Punjab Mental Hospital Lahore 1932-46 - 1932-1946
Year: 1932
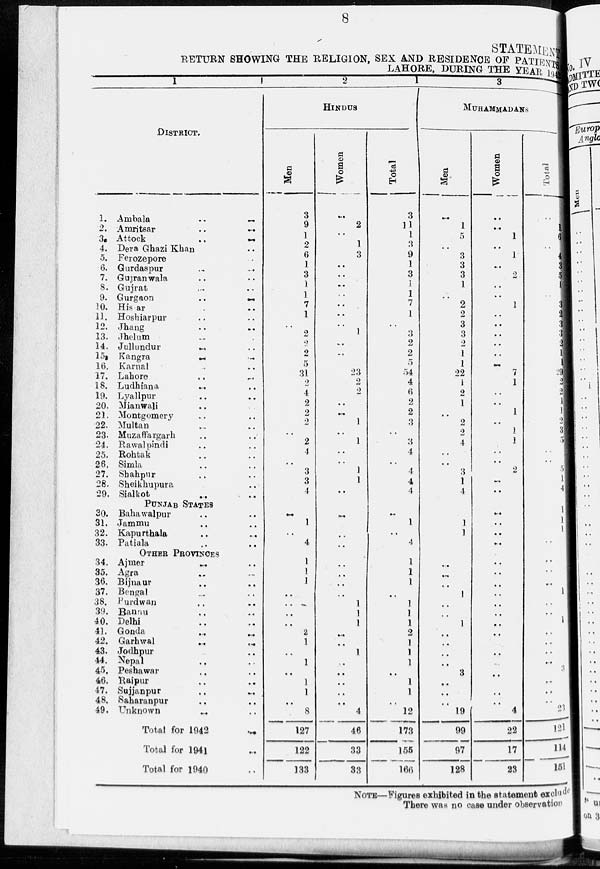
8
STATEMENT
RETURN SHOWING THE RELIGION, SEX AND RESIDENCE OF PATIENTS
LAHORE, DURING THE YEAR 1912
1
DISTRICT.
1. Ambala
..
..
2. Amritsar .. ..
3. Attock
..
..
4. Dera Ghazi Khan .. ..
5. Ferozepore ..
6. Gurdaspur .. ..
7. Gujranwala .. ..
8. Gujrat .. ..
9. Gurgaon
..
..
10. Hissar .. ..
13. Hoshiarpur .. ..
12. Jhang .. ..
13. Jhelum .. ..
14. Jullundur .. ..
15. Kangra .. ..
16. Karnal .. ..
17. Lahore .. ..
18. Ludhiana .. ..
19. Lyallpur .. ..
20. Mianwali .. ..
21. Montgomery .. ..
22. Multan .. ..
23. Muzaffargarh .. ..
24. Rawalpindi .. ..
25. Rohtak .. ..
26, Simla .. ..
27, Shahpur .. ..
28. Sheik hupura .. ..
29. Sialkot .. ..
PUNJAB STATES
30. Bahawalpur .. ..
31. Jammu .. ..
32. Kapurthala .. ..
33. Patiala .. ..
OTHER PROVINCES
34. Ajmer .. ..
35. Agra .. ..
36. Bijnaur .. ..
37. Bengal .. ..
38. Purdwan .. ..
39. Bannu .. ..
40. Delhi .. ..
41. Gonda .. ..
42. Garhwal .. ..
43. Jodhpur .. ..
44. Nepal .. ..
45. Peshawar .. ..
46. Raipur .. ..
47. Sujjanpur
..
..
48. Saharanpur .. ..
49. Unknown .. ..
Total for 1942
..
Total for 1941 ..
Total for 1940 ..
2
HINDUS
Men
3
9
1
2
6
1
3
1
1
7
1
..
2
2
2
5
31
2
4
2
2
2
..
2
4
..
3
3
4
..
1
..
4
1
1
1
..
..
..
..
2
1
..
1
..
1
1
..
8
127
122
133
Women
...
2
..
1
3
..
..
..
..
..
..
..
1
..
..
..
23
2
2
..
..
1
..
1
..
..
1
1
..
..
..
..
..
..
..
..
1
1
1
..
..
1
..
..
..
..
..
4
46
33
33
Total
3
11
1
3
9
1
3
1
1
7
1
..
3
2
2
5
54
4
6
2
2
3
..
3
4
..
4
4
4
..
1
..
4
1
1
1
..
1
1
1
2
1
1
1
..
1
1
..
12
173
155
166
3
MUHAMMADANS
Men
..
1
5
..
3
3
3
1
..
2
2
3
3
2
1
1
22
1
2
1
..
2
..
4
..
..
3
1
4
1
1
..
..
..
1
..
..
1
..
..
..
..
3
..
..
..
19
99
97
128
Women
..
..
1
..
1
..
2
..
..
1
..
..
..
..
..
..
7
1
..
..
1
1
1
1
..
..
2
..
..
..
..
..
..
..
..
..
..
..
..
..
..
..
..
..
..
..
..
4
22
17
23
Total
..
1
6
..
4
3
5
1
..
3
2
3
3
2
1
1
29
2
2
1
1
2
3
5
..
..
5
1
4
..
1
1
1
..
..
..
..
..
1
..
..
1
..
..
..
..
3
..
..
..
23
121
114
151
NOTE—Figures exhibited in the statement exclude
There was no case under observation